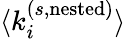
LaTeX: \langle k_{i}^{(s,\mathrm{nested})}\rangle